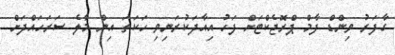
ގާފަރު ވިންޑް ފާމް ޕްރޮޖެކްޓަށް ފަހު އިއާދަކުރަނިވި ހަކަތަ އިން މާލެ ސަރަހައްދަށް